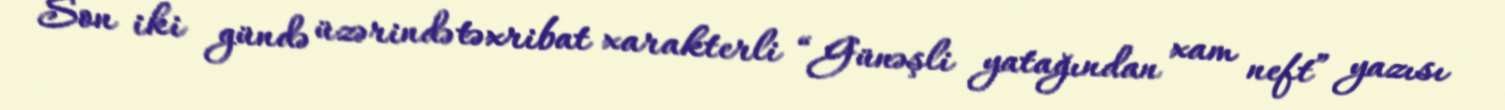
Son iki gündə üzərində təxribat xarakterli “Günəşli yatağından xam neft” yazısı